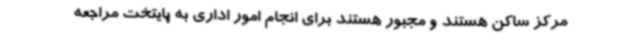
مرکز ساکن هستند و مجبور هستند برای انجام امور اداری به پایتخت مراجعه